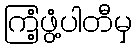
ကြံ့ဖွံ့ပါတီမှ